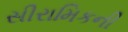
સીરામિકની